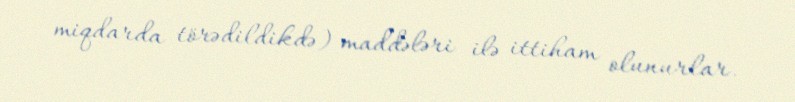
miqdarda törədildikdə) maddələri ilə ittiham olunurlar.